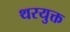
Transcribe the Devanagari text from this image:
थरयुक्त